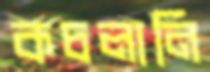
কচলানি